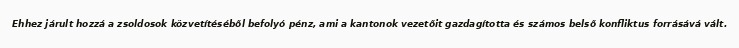
Ehhez járult hozzá a zsoldosok közvetítéséből befolyó pénz, ami a kantonok vezetőit gazdagította és számos belső konfliktus forrásává vált.